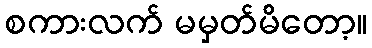
စကားလက် မမှတ်မိတော့။